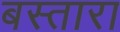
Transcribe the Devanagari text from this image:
बस्तारा